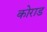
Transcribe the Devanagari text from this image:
कोराड